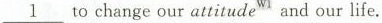
\underline{1} to change our attitudeand^{W1} our life.